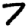
Digit: 7